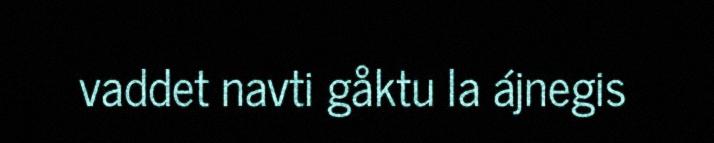
vaddet navti gåktu la ájnegis